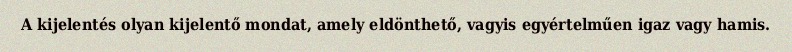
A kijelentés olyan kijelentő mondat, amely eldönthető, vagyis egyértelműen igaz vagy hamis.